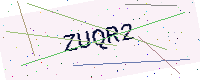
Text: ZUQR2